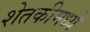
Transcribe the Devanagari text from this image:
शेतकीमध्ये